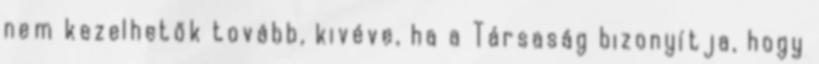
nem kezelhetők tovább, kivéve, ha a Társaság bizonyítja, hogy